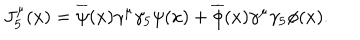
J _ { 5 } ^ { \mu } ( x ) = \overline { { { \psi } } } ( x ) \gamma ^ { \mu } \gamma _ { 5 } \psi ( x ) + \overline { { { \phi } } } ( x ) \gamma ^ { \mu } \gamma _ { 5 } \phi ( x ) .